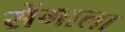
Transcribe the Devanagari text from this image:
सेंगाला